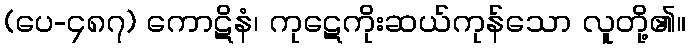
(ပေ-၄၈၇) ကောဋိနံ၊ ကုဋေကိုးဆယ်ကုန်သော လူတို့၏။